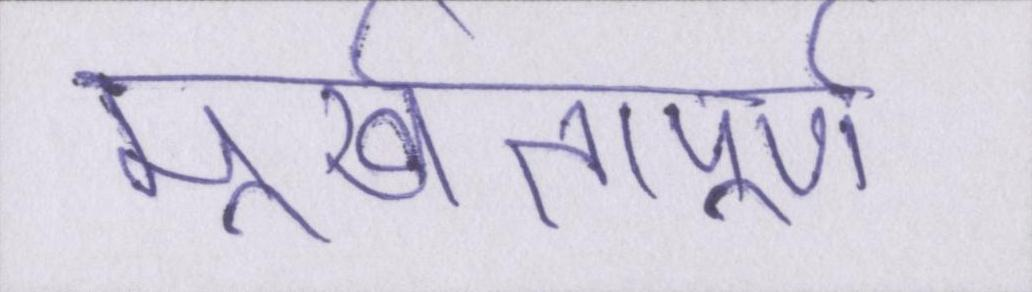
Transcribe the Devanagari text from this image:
मूर्खतापूर्ण